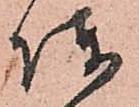
陣